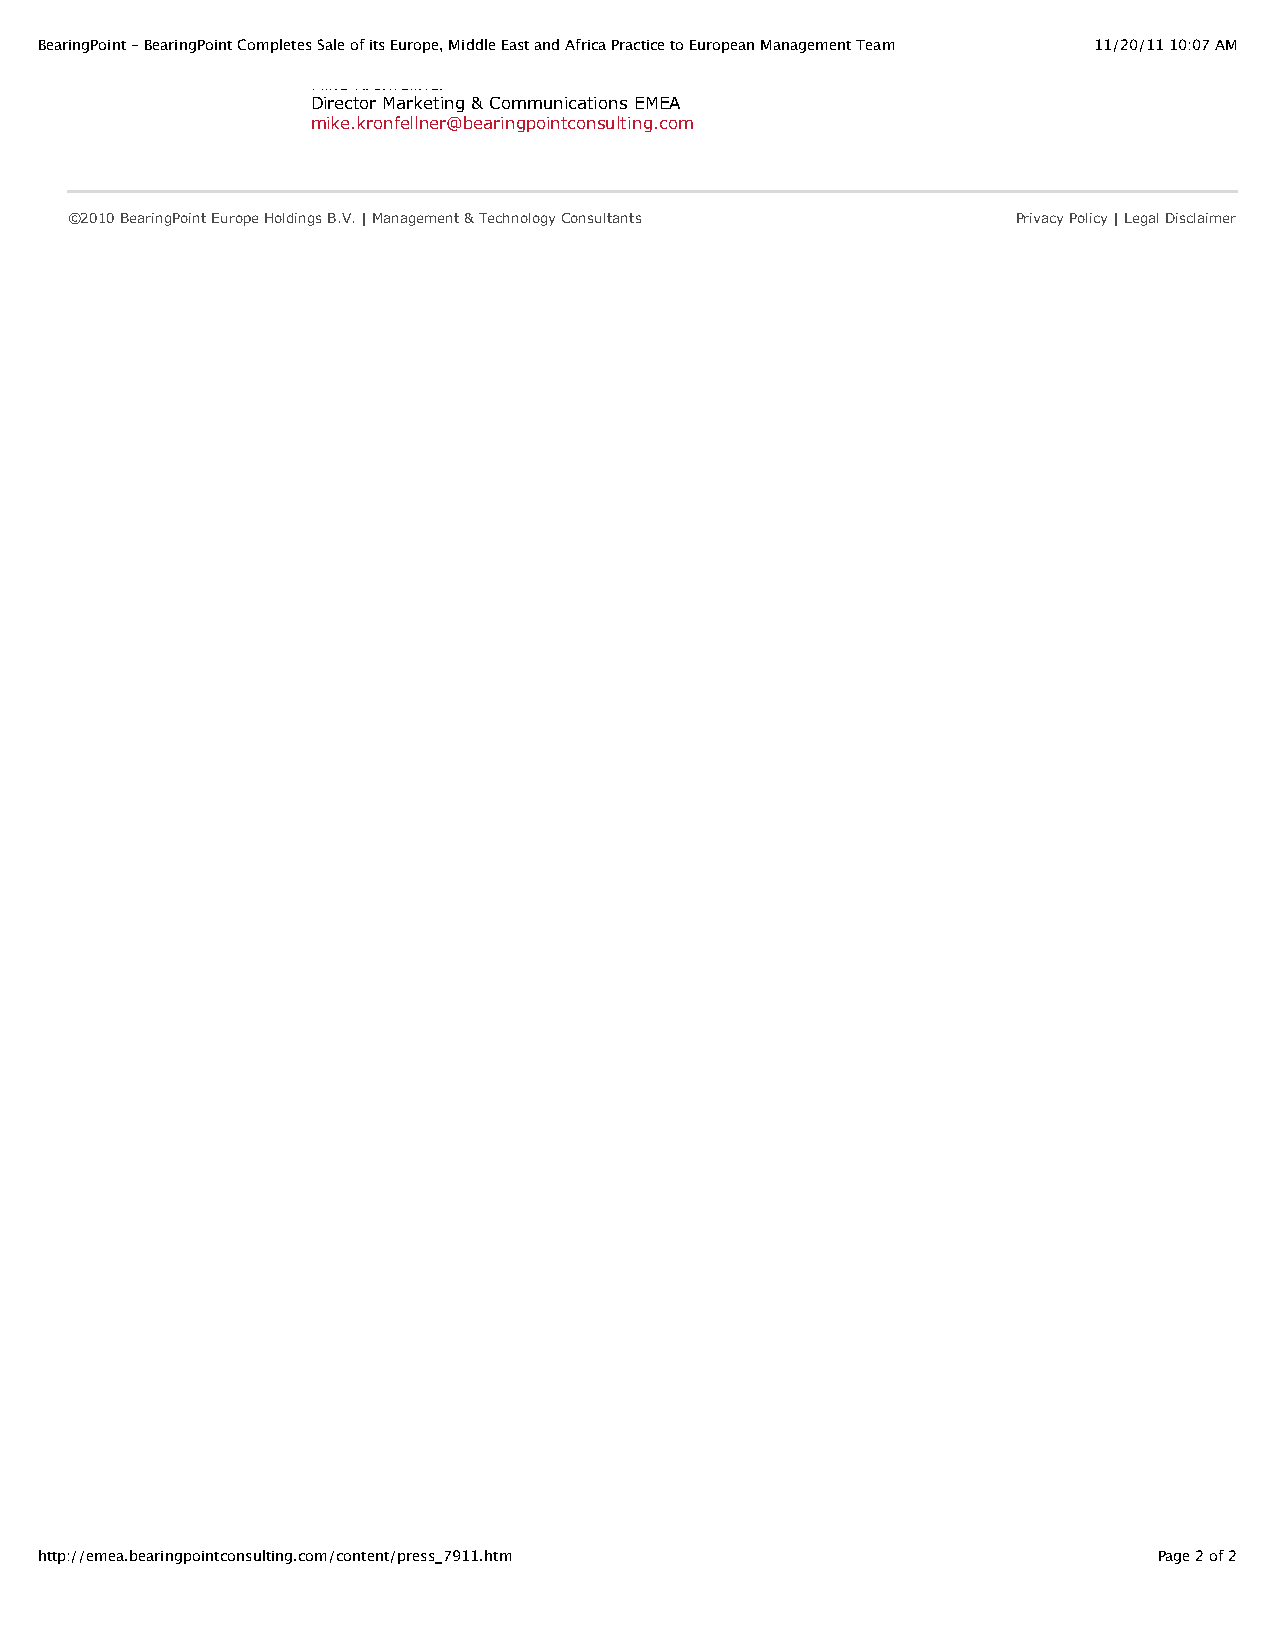
BearingPoint - BearingPoint Completes Sale of its Europe, Middle East and Africa Practice to European Management Team 11/20/11 10:07 AM
 Mike Kronfellner
 Director Marketing & Communications EMEA
 mike.kronfellner@bearingpointconsulting.com
 ©2010 BearingPoint Europe Holdings B.V. | Management & Technology Consultants Privacy Policy | Legal Disclaimer
 http://emea.bearingpointconsulting.com/content/press_7911.htm              Page 2 of 2